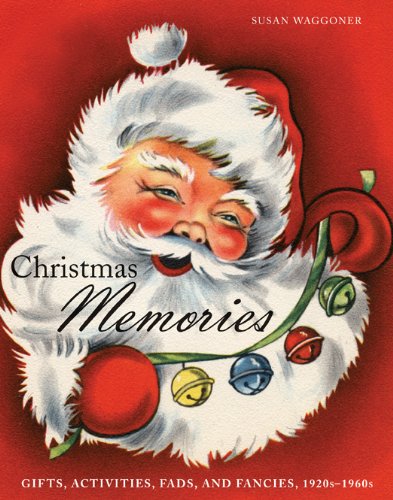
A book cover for Christmas Memories: Gifts, Activities, Fads, and Fancies, 1920s-1960s; Susan Waggoner; Politics & Social Sciences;